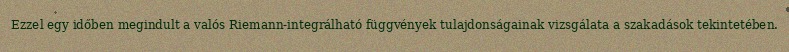
Ezzel egy időben megindult a valós Riemann-integrálható függvények tulajdonságainak vizsgálata a szakadások tekintetében.